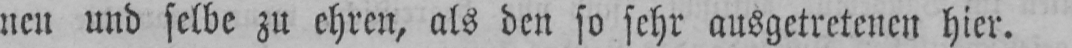
nen und selbe zu ehren, als den so sehr ausgetretenen hier.